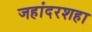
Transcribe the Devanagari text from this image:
जहांदरशहा